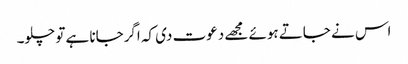
اس نے جاتے ہوئے مجھے دعوت دی کہ اگرجانا ہے تو چلو۔